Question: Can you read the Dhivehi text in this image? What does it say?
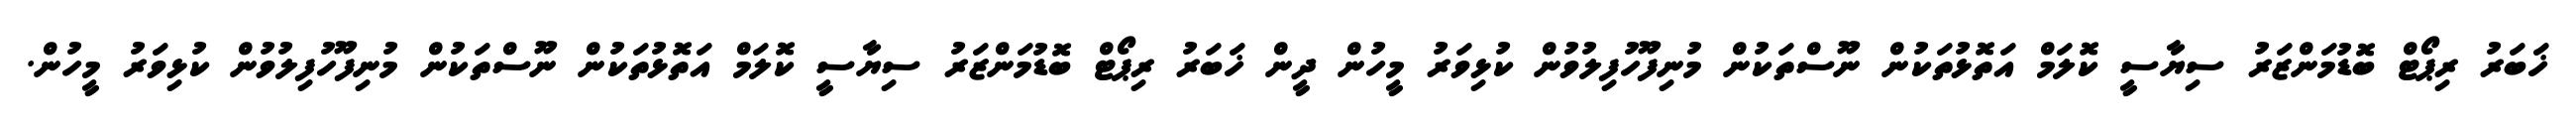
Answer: ޚަބަރު ރިޕޯޓް ބޮޑުމަންޒަރު ސިޔާސީ ކޮލަމް އަތޮޅުތަކުން ނޫސްތަކުން މުނިފޫހުފިލުވުން ކުޅިވަރު މީހުން ދީން ޚަބަރު ރިޕޯޓް ބޮޑުމަންޒަރު ސިޔާސީ ކޮލަމް އަތޮޅުތަކުން ނޫސްތަކުން މުނިފޫހުފިލުވުން ކުޅިވަރު މީހުން.